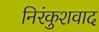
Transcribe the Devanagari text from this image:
निरंकुशवाद